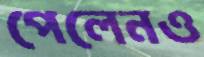
পেলেনও